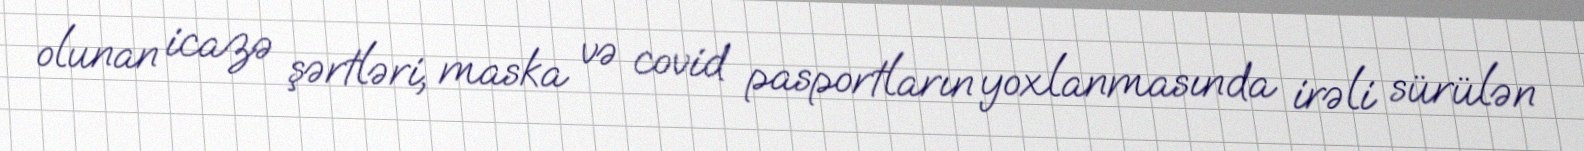
olunan icazə şərtləri, maska və covid pasportların yoxlanmasında irəli sürülən